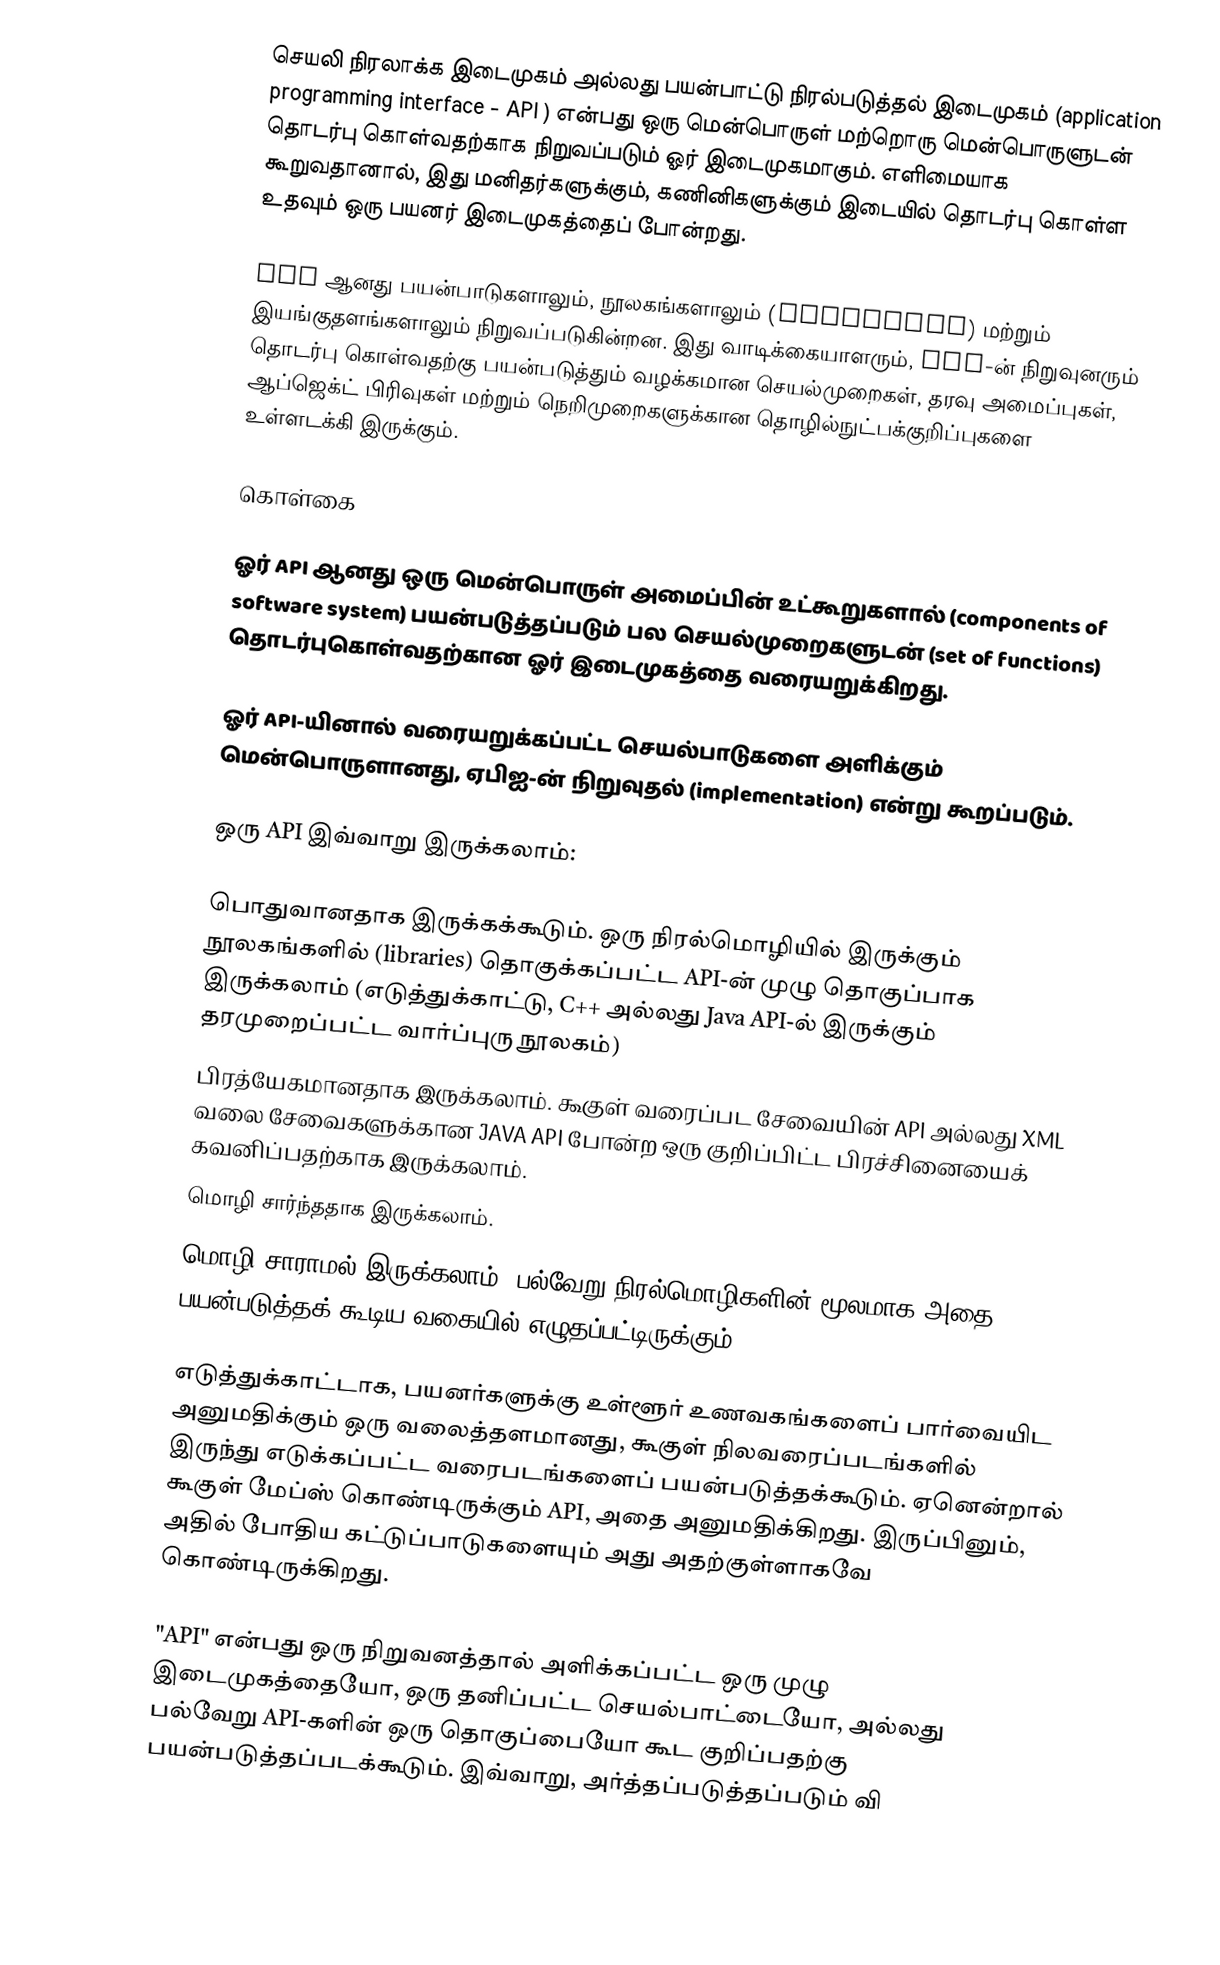
செயலி நிரலாக்க இடைமுகம் அல்லது பயன்பாட்டு நிரல்படுத்தல் இடைமுகம் (application programming interface - API ) என்பது ஒரு மென்பொருள் மற்றொரு மென்பொருளுடன் தொடர்பு கொள்வதற்காக நிறுவப்படும் ஓர் இடைமுகமாகும். எளிமையாக கூறுவதானால், இது மனிதர்களுக்கும், கணினிகளுக்கும் இடையில் தொடர்பு கொள்ள உதவும் ஒரு பயனர் இடைமுகத்தைப் போன்றது.

API ஆனது பயன்பாடுகளாலும், நூலகங்களாலும் (libraries) மற்றும் இயங்குதளங்களாலும் நிறுவப்படுகின்றன. இது வாடிக்கையாளரும், API-ன் நிறுவுனரும் தொடர்பு கொள்வதற்கு பயன்படுத்தும் வழக்கமான செயல்முறைகள், தரவு அமைப்புகள், ஆப்ஜெக்ட் பிரிவுகள் மற்றும் நெறிமுறைகளுக்கான தொழில்நுட்பக்குறிப்புகளை உள்ளடக்கி இருக்கும்.

கொள்கை

ஓர் API ஆனது ஒரு மென்பொருள் அமைப்பின் உட்கூறுகளால் (components of software system) பயன்படுத்தப்படும் பல செயல்முறைகளுடன் (set of functions) தொடர்புகொள்வதற்கான ஓர் இடைமுகத்தை வரையறுக்கிறது.

ஓர் API-யினால் வரையறுக்கப்பட்ட செயல்பாடுகளை அளிக்கும் மென்பொருளானது, ஏபிஐ-ன் நிறுவுதல் (implementation) என்று கூறப்படும்.

ஒரு API இவ்வாறு இருக்கலாம்:

 பொதுவானதாக இருக்கக்கூடும். ஒரு நிரல்மொழியில் இருக்கும் நூலகங்களில் (libraries) தொகுக்கப்பட்ட API-ன் முழு தொகுப்பாக இருக்கலாம் (எடுத்துக்காட்டு, C++ அல்லது Java API-ல் இருக்கும் தரமுறைப்பட்ட வார்ப்புரு நூலகம்)
 பிரத்யேகமானதாக இருக்கலாம். கூகுள் வரைப்பட சேவையின் API அல்லது XML வலை சேவைகளுக்கான JAVA API போன்ற ஒரு குறிப்பிட்ட பிரச்சினையைக் கவனிப்பதற்காக இருக்கலாம்.
 மொழி சார்ந்ததாக இருக்கலாம்.
 மொழி-சாராமல் இருக்கலாம். பல்வேறு நிரல்மொழிகளின் மூலமாக அதை பயன்படுத்தக் கூடிய வகையில் எழுதப்பட்டிருக்கும்.

எடுத்துக்காட்டாக, பயனர்களுக்கு உள்ளூர் உணவகங்களைப் பார்வையிட அனுமதிக்கும் ஒரு வலைத்தளமானது, கூகுள் நிலவரைப்படங்களில் இருந்து எடுக்கப்பட்ட வரைபடங்களைப் பயன்படுத்தக்கூடும். ஏனென்றால் கூகுள் மேப்ஸ் கொண்டிருக்கும் API, அதை அனுமதிக்கிறது. இருப்பினும், அதில் போதிய கட்டுப்பாடுகளையும் அது அதற்குள்ளாகவே கொண்டிருக்கிறது.

"API" என்பது ஒரு நிறுவனத்தால் அளிக்கப்பட்ட ஒரு முழு இடைமுகத்தையோ, ஒரு தனிப்பட்ட செயல்பாட்டையோ, அல்லது பல்வேறு API-களின் ஒரு தொகுப்பையோ கூட குறிப்பதற்கு பயன்படுத்தப்படக்கூடும். இவ்வாறு, அர்த்தப்படுத்தப்படும் வி